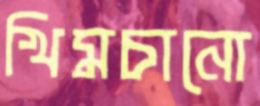
খিমচানো